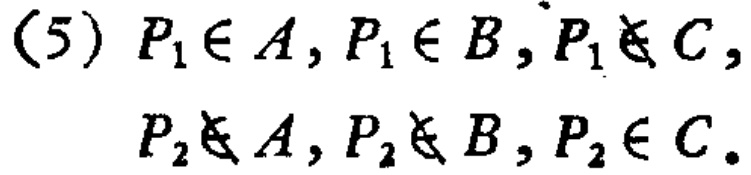
(5) \(P_1\in A, P_1\in B, P_1\notin C,\)

\(P_2\notin A, P_2\notin B, P_2\in C.\)